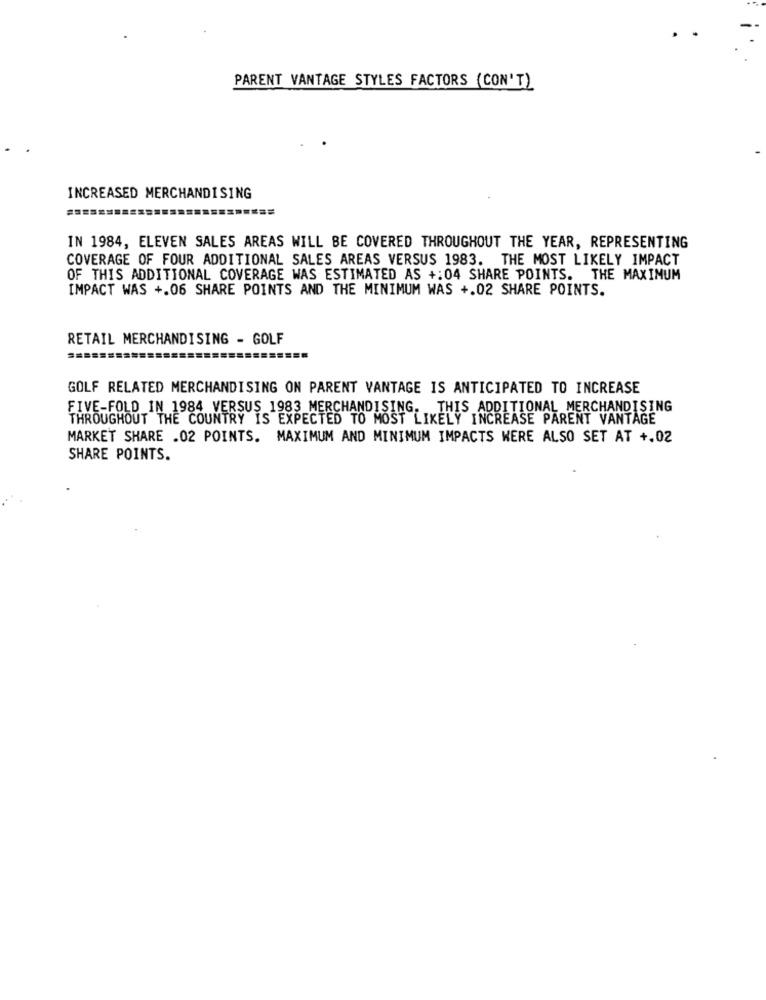
PARENT VANTAGE STYLES FACTORS (CON'T)
INCREASED MERCHANDISING
IN 1984, ELEVEN SALES AREAS WILL BE COVERED THROUGHOUT THE YEAR, REPRESENTING
COVERAGE OF FOUR ADDITIONAL SALES AREAS VERSUS 1983. THE MOST LIKELY IMPACT
OF THIS ADDITIONAL COVERAGE WAS ESTIMATED AS +: 04 SHARE POINTS. THE MAXIMUM
IMPACT WAS +.06 SHARE POINTS AND THE MINIMUM WAS +.02 SHARE POINTS.
RETAIL MERCHANDISING - GOLF
GOLF RELATED MERCHANDISING ON PARENT VANTAGE IS ANTICIPATED TO INCREASE
FIVE-FOLD IN 1984 VERSUS 1983 MERCHANDISING. THIS ADDITIONAL MERCHANDISING
THROUGHOUT THE COUNTRY IS EXPECTED TO MOST LIKELY INCREASE PARENT VANTAGE
MARKET SHARE .02 POINTS. MAXIMUM AND MINIMUM IMPACTS WERE ALSO SET AT +.02
SHARE POINTS.